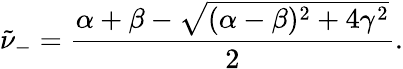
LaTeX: \tilde{\nu}_{-}=\frac{\alpha+\beta-\sqrt{(\alpha-\beta)^{2}+4\gamma^{2}}}{2}.